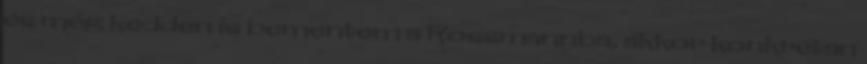
és még kedden is bementem a Rossmannba, akkor konkrétan